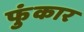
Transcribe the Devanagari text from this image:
फुंकार